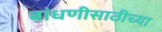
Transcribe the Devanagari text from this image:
बांधणीसाठीच्या